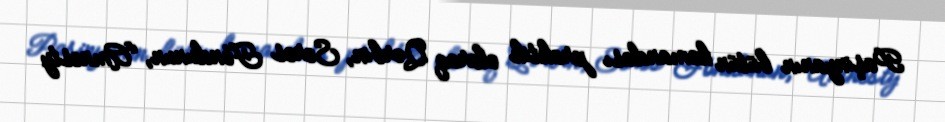
Paşinyanın bütün komandası praktik olaraq Qərbin, Soros Fondunun, “Amnesty